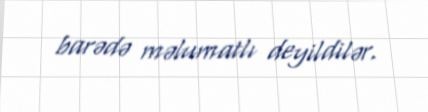
barədə məlumatlı deyildilər.